Treatise on elephants
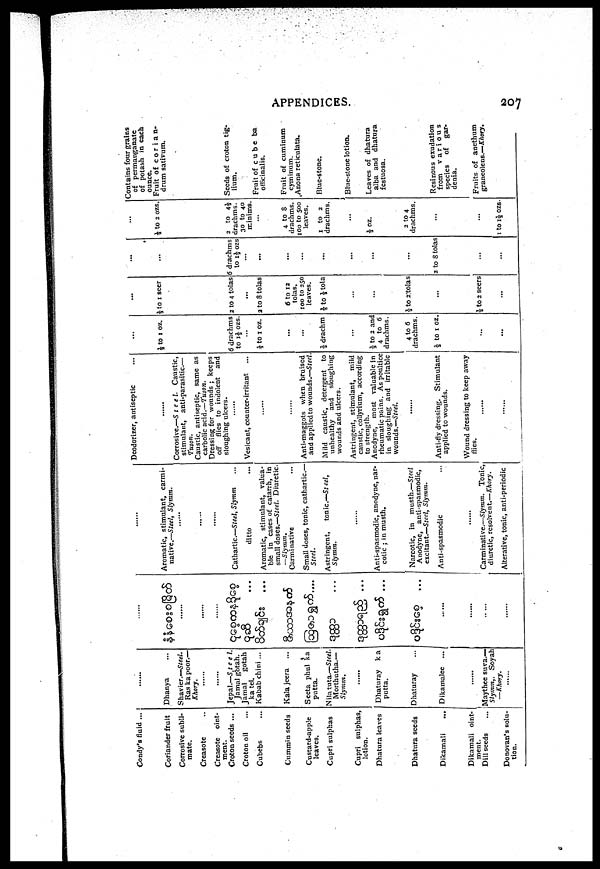
APPENDICES.
207
Condy's fluid ...
Coriander fruit
Corrosive subli-
mate.
Creasote
Creasote oint-
ment.
Croton seeds ...
Croton oil
Cubebs
Cummin seeds
Custard-apple
leaves.
Cupri sulphas
Cupri sulphas,
lotion.
Dhatura leaves
Dhatura seeds
Dikamali
...
Dikamali oint-
ment.
Dill seeds
Donovan's solu-
tion.
......
Dhanya ...
Shavier.—Steel.
Ras ka poor.—
Khory.
......
......
Jepal.—S.t e e l.
Jamal gotah.
Jamal
gotah
katel.
Kabab chini...
Kala jeera
...
Seeta phul ka
putta.
Nilatuta.—Steel.
Morthutha.—
Slymm.
Dhaturay
ka
putta.
Dhaturay
Dikamalee ...
......
......
......
.......
...
...
. ...
...
...
...
...
......
Aromatic, stimulant, carmi-
native.—Steel, Slymm.
.......
......
......
Cathartic—Steel, Slymm ...
ditto ...
Aromatic, stimulant, valua-
ble in cases of catarrh, in
small doses.—-Steel. Diuretic.
—Slymm.
Carminative
Small doses, tonic, cathartic—
Steel.
Astringent,
tonic—Steel,
Slymm.
......
Anti-spasmodic, anodyne, nar-
cotic ; in musth.
Narcotic, in musth.—Steel
Anodyne, anti-spasmodic,
excitant.—Steel, Slymm.
Anti-spasmodic
Maythee suva.—
Slymm,.
Soyah
—Khory.
Carminative.—Slymm. Tonic,
Alterative, tonic, anti-periodic
Deodorizer, antiseptic
......
Corrosive.—Steel. Caustic,
stimulant, anti-parasitic.—
Tuson.
Caustic, antiseptic, same as
carbolic acid.—Tuson.
Dressing for wounds ; keeps
off flies to indolent and
sloughing ulcers.
......
Vesicant, counter-irritant
......
......
Anti-maggots when bruised
and applied to wounds.—Steel.
Mild caustic, detergent to
unhealthy
and
sloughing
wounds and ulcers.
Astringent, stimulant,
mild
caustic, collyrium, according
to strength.
Anodyne, most valuable in
rheumatic pains. As poultice
in sloughing and irritable
wounds.—Steel.
Anti-fly dressing. Stimulant
applied to wounds.
Wound dressing to keep away
flies.
......
...
...
½ to 1 oz.
6 drachms
to 1½ ozs.
½ to 1 oz.
...
...
½ drachm
...
½ to 2 and
4 to 6
drachms.
4 to 6
drachms.
½ to 1 oz.
...
...
...
½ to 1 seer
2 to 4 tolas
...
2 to 8 tolas
6 to 12
tolas.
100 to 250
leaves.
2/8 to ½ tola
...
...
½ to 2'tolas
...
½ to 2 seers
...
...
...
6 drachms
to 1½ ozs.
...
...
...
...
...
...
...
2 to 8 tolas
...
...
...
½ to 2 ozs.
2 to 4½
drachms.
30 to 40
minims. ...
4 to 8
drachms.
100 to 500
leaves.
1 to 2
drachms.
...
½ oz.
2 to 4
drachms.
...
...
1 to 1½ ozs.
Contains four grains
of permanganate
of potash in each
ounce.
Fruit of c o r i a n-
drum sativum.
Seeds of croton tig-
lium.
Fruit of cubeba
officinalis.
Fruit of cuminum
cyminum.
Anona reticulata.
Blue-stone.
Blue-stone lotion.
Leaves of dhatura
alba and dhatura
festuosa.
Resinous exudation
from
various
species
of
gar-
denia.
Fruits of anethum
graneolens.—Khory.